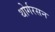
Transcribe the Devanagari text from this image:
थोर्गरसन